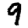
Digit: 9